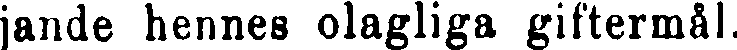
jande hennes olagliga giftermål.